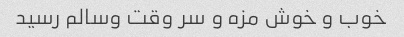
خوب و خوش مزه و سر وقت وسالم رسید